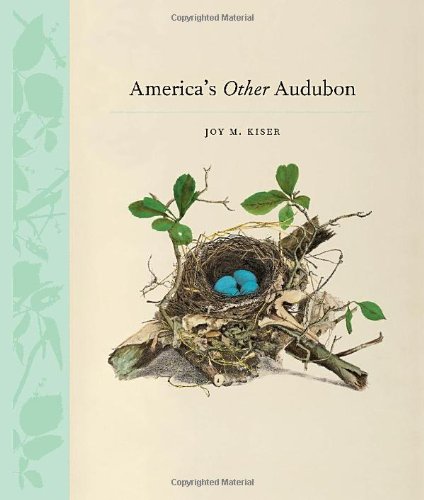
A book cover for America's Other Audubon; Joy M. Kiser; Humor & Entertainment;